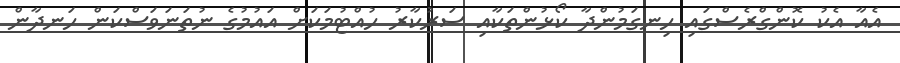
އެއާ އެކު ކޮންގްރެސްގައި ހިނގަމުންދާ ކޯޅުންތަކާއި ސަރުކާރު ހުއްޓުމަކަށް އައުމުގެ ނުތަނަވަސްކަން ހަނދާން